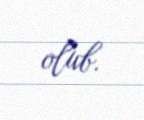
olub.